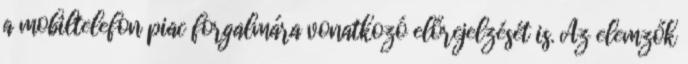
a mobiltelefon piac forgalmára vonatkozó előrejelzését is. Az elemzők